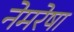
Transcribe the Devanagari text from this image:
नेमरेषा